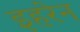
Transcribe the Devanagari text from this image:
इहरेन